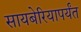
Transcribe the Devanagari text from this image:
सायबेरियापर्यंत